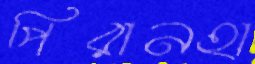
পিরানহা